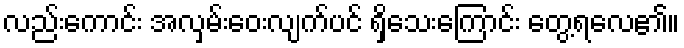
လည်းကောင်း အလှမ်းဝေးလျက်ပင် ရှိသေးကြောင်း တွေ့ရလေ၏။